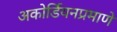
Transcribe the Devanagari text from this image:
अकोर्डियनप्रमाणे